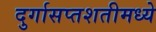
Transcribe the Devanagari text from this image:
दुर्गासप्तशतीमध्ये